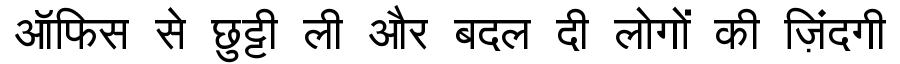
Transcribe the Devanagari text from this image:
ऑफिस से छुट्टी ली और बदल दी लोगों की ज़िंदगी